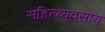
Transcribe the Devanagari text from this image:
सहित्व्यवसाय